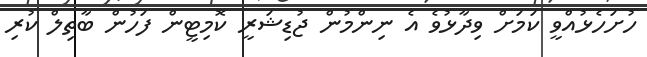
ހުށަހެޅުއްވީ ކަމަށް ވިދާޅުވެ އެ ނިންމުން ޖުޑިޝަރީ ކޮމިޓީން ފަހުން ބާތިލް ކުރި